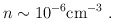
\begin{align*}n\sim 10^{-6} {\rm cm^{-3}}\ .\end{align*}